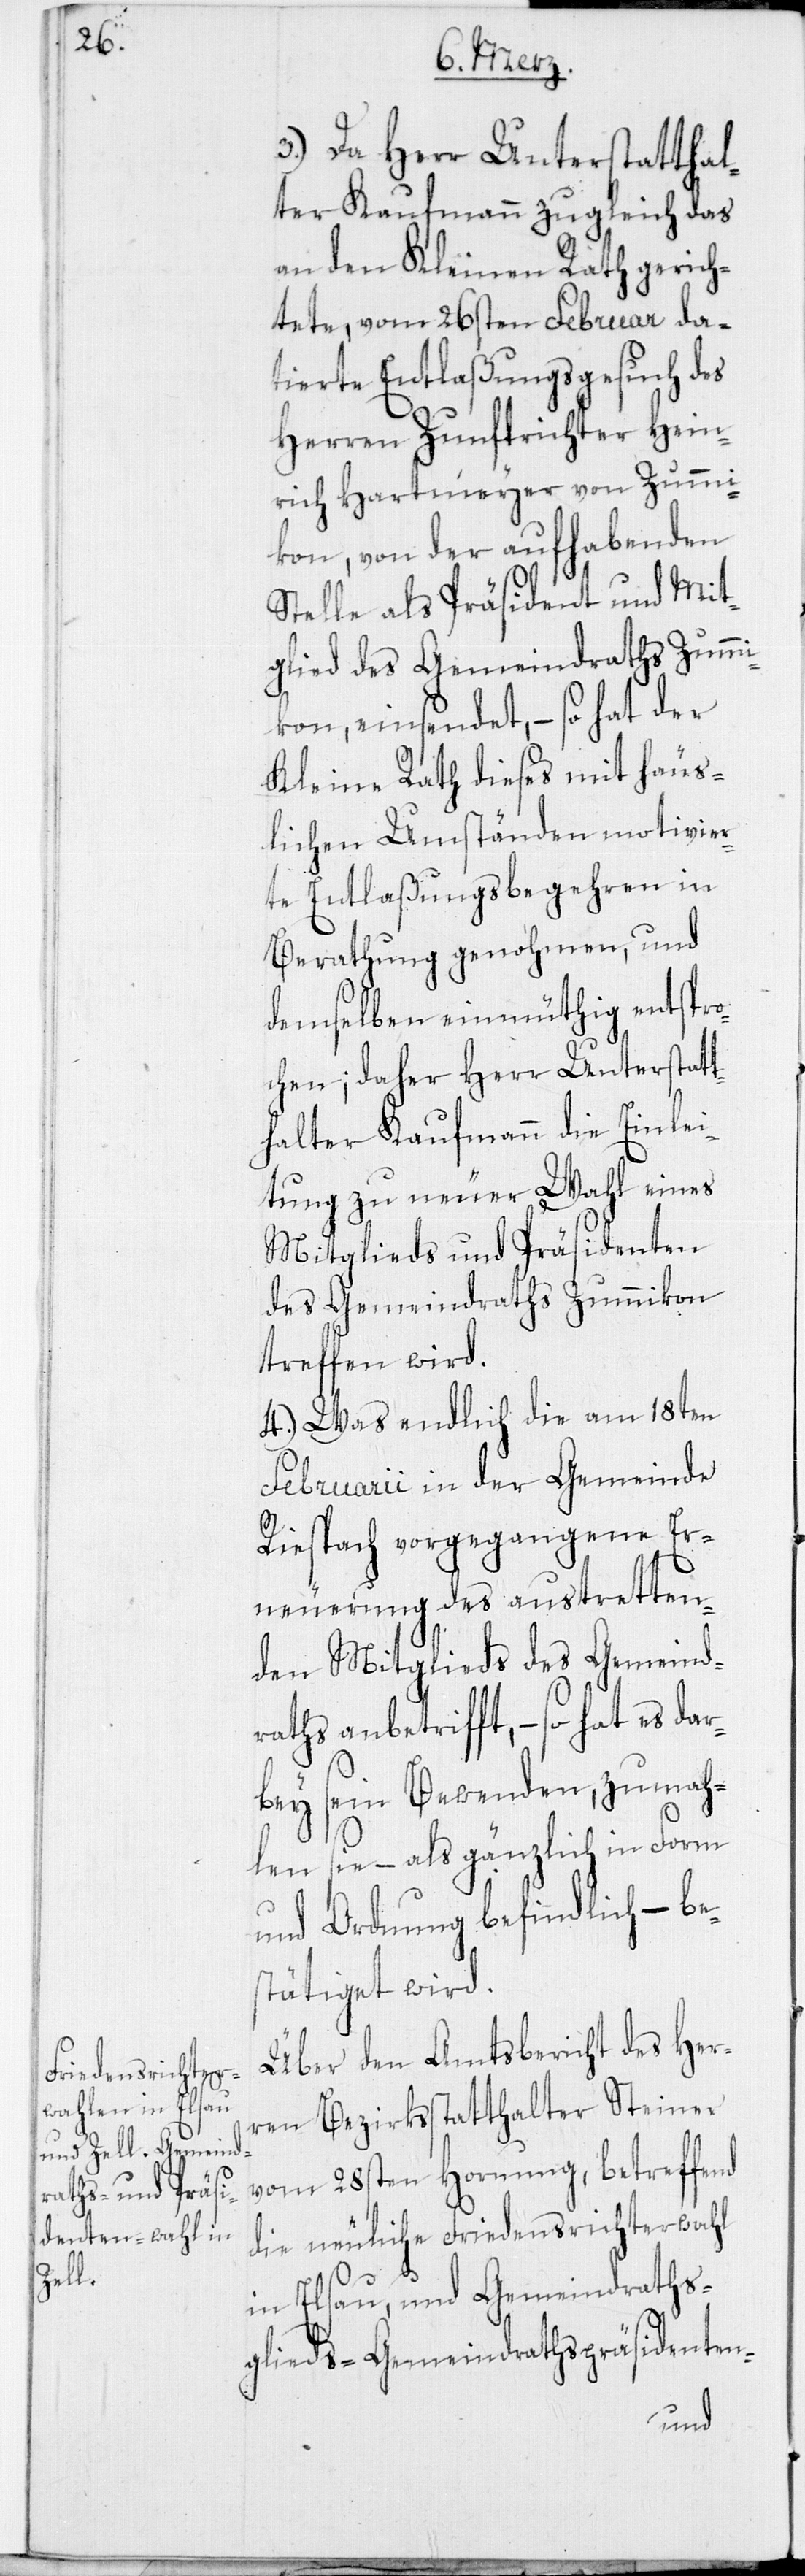
dar¬

3.) Da Herr Unterstatthal¬
ter Kaufmann zugleich das
an den Kleinen Rath gerich¬
tete, vom 26sten Februar da¬
tierte Entlaßungsgesuch des
Herren Zunftrichter Hein¬
rich Hartmeyer von Zummi¬
kon, von der aufhabenden
Stelle als Präsident und Mit¬
glied des Gemeindraths Zummi¬
kon, einsendet, – so hat der
Kleine Rath dieses mit häus¬
lichen Umständen motivier¬
te Entlaßungsbegehren in
Berathung genohmen, und
demselben einmüthig entspro¬
chen; daher Herr Unterstat¬
thalter Kaufmann die Einlei¬
tung zu neuer Wahl eines
Mitglieds und Präsidenten
des Gemeindraths Zummikon
treffen wird.
4.) Was endlich die am 18ten
Februarii in der Gemeinde
Riespach vorgegangene Er¬
neuerung des austretten¬
den Mitglieds des Gemeind¬
raths anbetrifft, – so hat es
bey sein Bewenden, zumah¬
len sie – als gänzlich in Form
und Ordnung befindlich – be¬
stätiget wird.
Über den Amtsbericht des Her¬
ren Bezirksstatthalter Steiner
vom 28sten Hornung, betreffend
die neuliche Friedensrichterwahl
in Elsau, und Gemeindraths¬
glieds-, Gemeindrathspräsidenten-